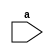
`timescale 1ns / 1ps
//////////////////////////////////////////////////////////////////////////////////
// Company: 
// Engineer: 
// 
// Design Name: 
// Module Name: regFileTest
// Project Name: 
// Target Devices: 
// Tool Versions: 
// Description: 
// 
// Dependencies: 
// 
// Revision:
// Revision 0.01 - File Created
// Additional Comments:
// 
//////////////////////////////////////////////////////////////////////////////////


module regFileTest(
    input a
    );
endmodule